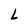
Character: L